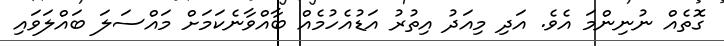
ގޮތެއް ނުނިންމަ އެވެ. އަދި މިއަދު އިތުރު އަޑުއެހުމެއް ބާއްވާނެކަމަށް މައްސަލަ ބައްލަވައި